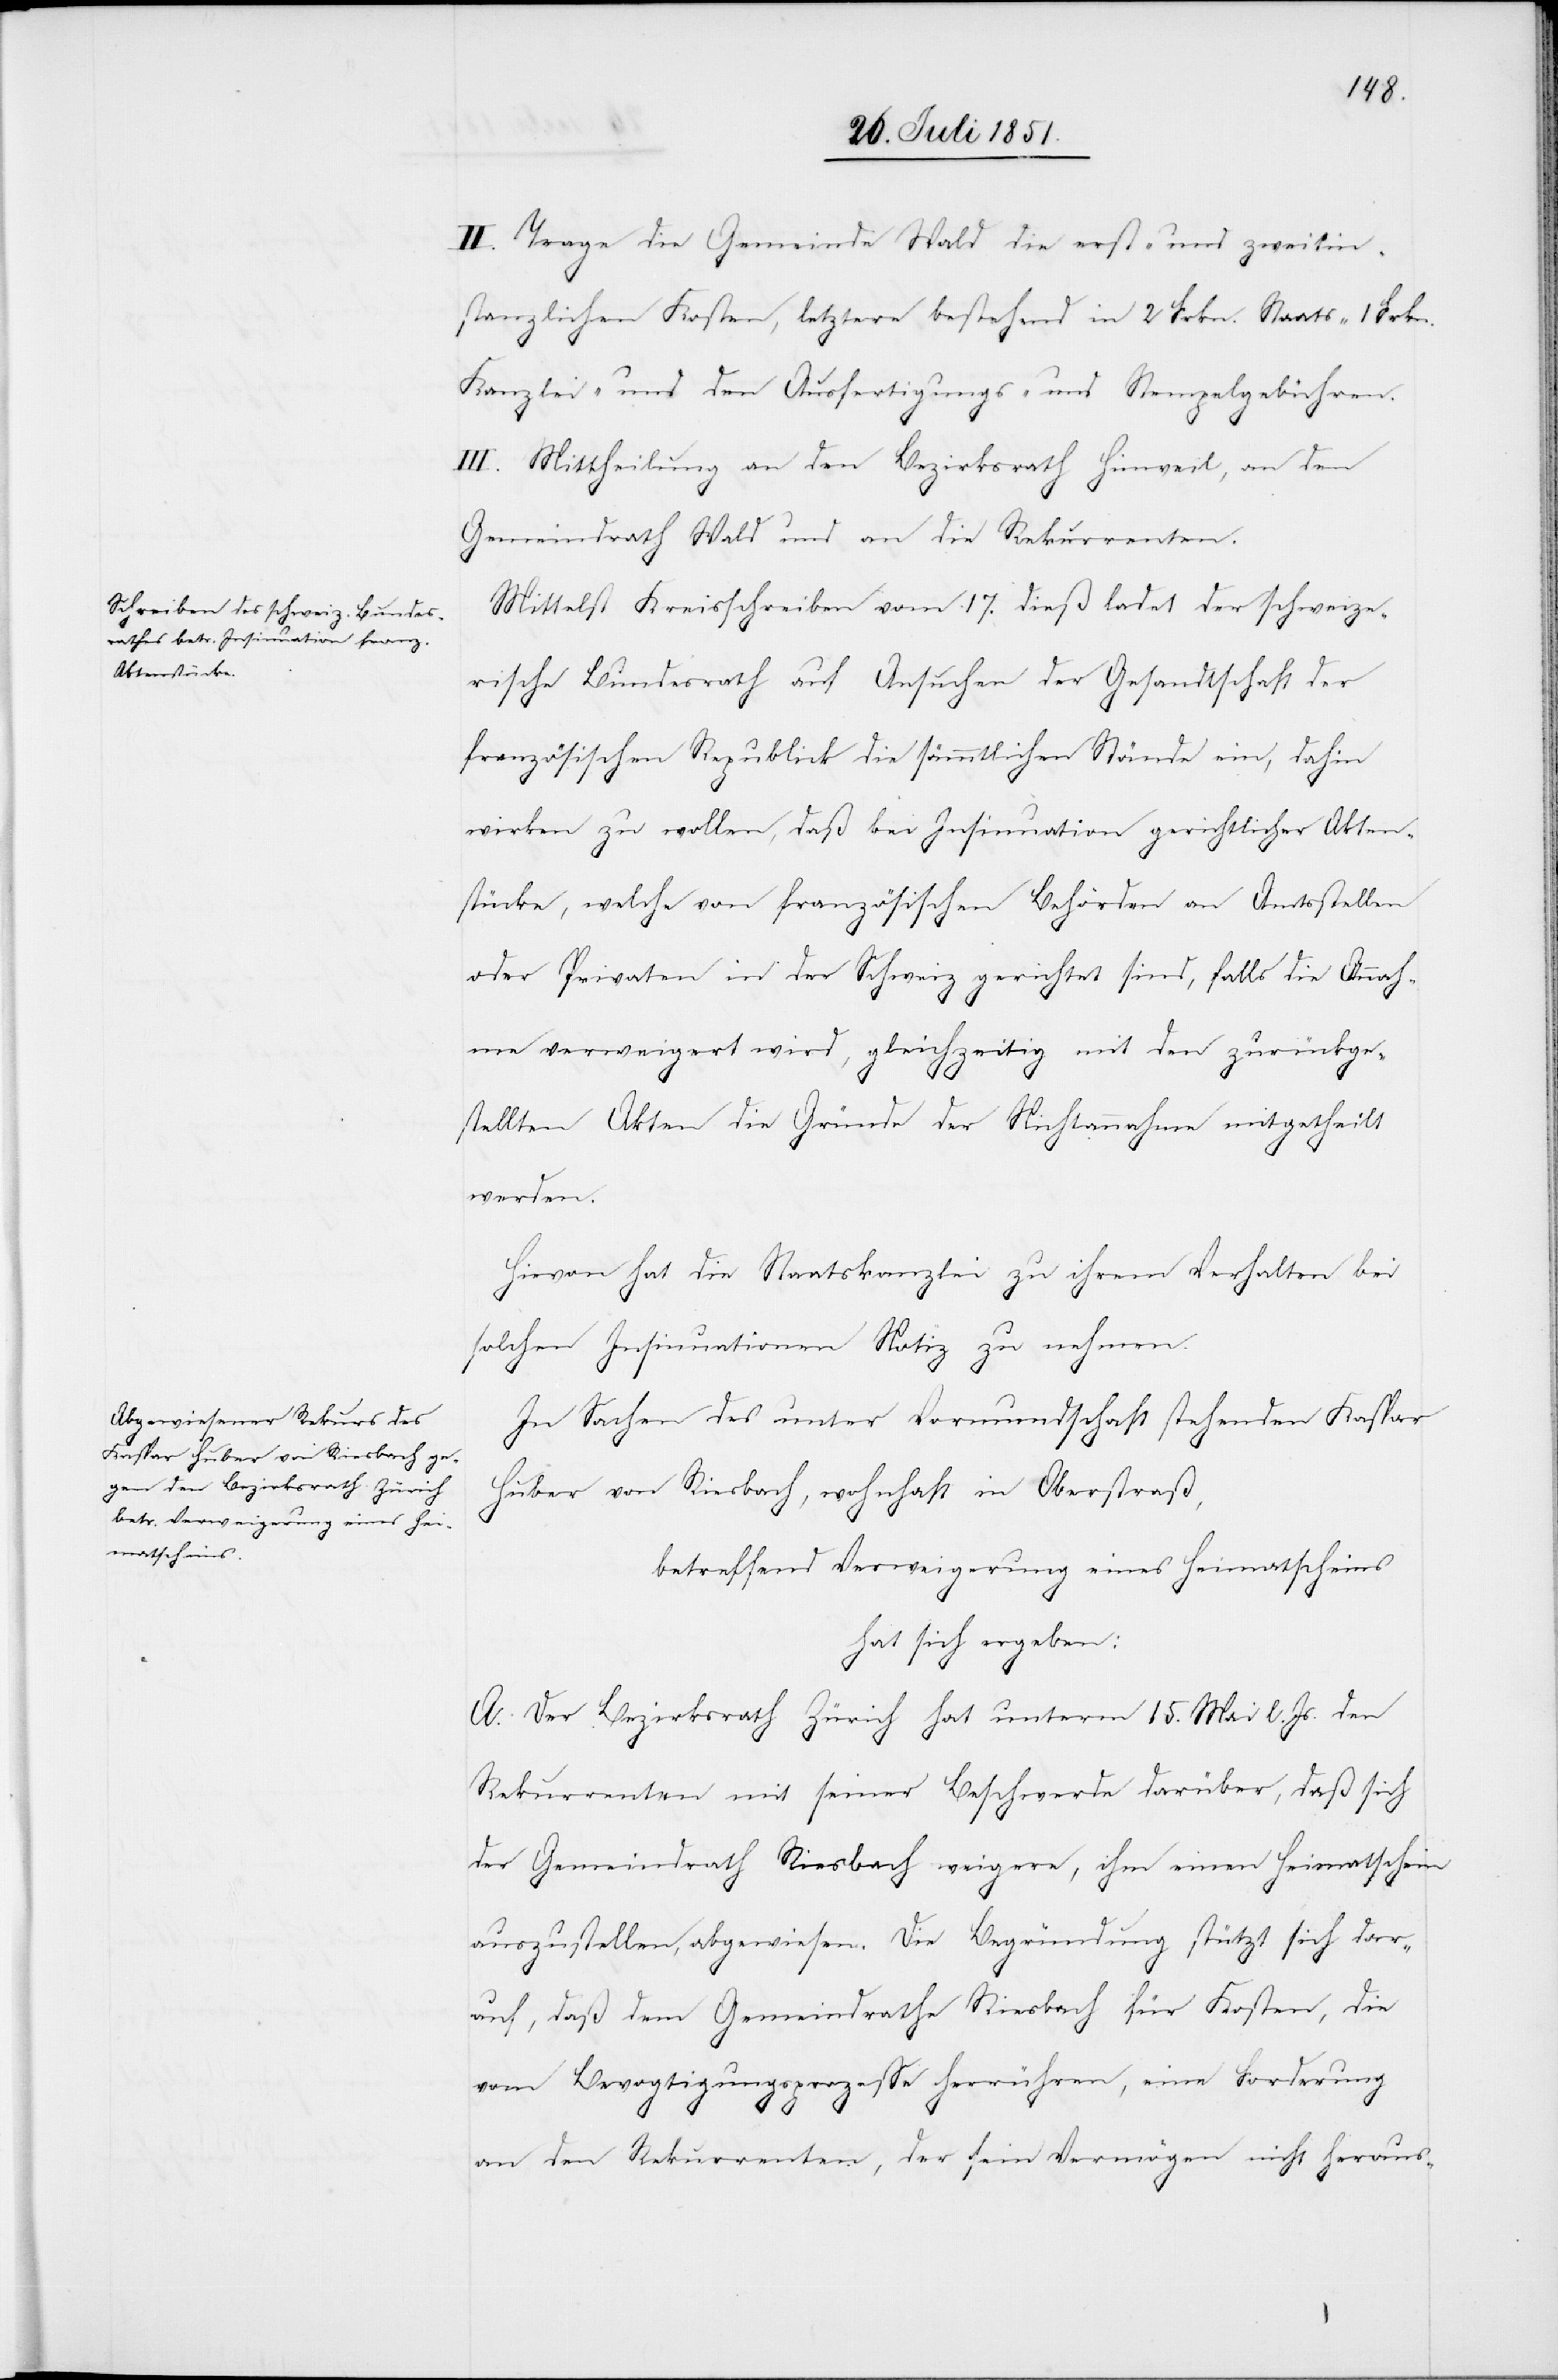
II. Trage die Gemeinde Wald die erst- und zweitin¬
stanzlichen Kosten, letztere bestehend in 2 Frkn. Staats-[,] 1 Frkn.
Kanzlei- und den Ausfertigungs- und Stempelgebühren.
III. Mittheilung an den Bezirksrath Hinweil, an den
Gemeindrath Wald und an die Rekurrenten.
Mittelst Kreisschreiben vom 17. dieß ladet der schweize¬
rische Bundesrath auf Ansuchen der Gesandtschaft der
französischen Republick die sämmtlichen Stände ein, dahin
wirken zu wollen, daß bei Insinuation gerichtlicher Akten¬
stücke, welche von französischen Behörden an Amtsstellen
oder Privaten in der Schweiz gerichtet sind, falls die Annah¬
me verweigert wird, gleichzeitig mit den zurückge¬
stellten Akten die Gründe der Nichtannahme mitgetheilt
werden.
Hievon hat die Staatskanzlei zu ihrem Verhalten bei
solchen Insinuationen Notiz zu nehmen.
In Sachen des unter Vormundschaft stehenden Kaspar
Huber von Riesbach, wohnhaft in Oberstraß,
betreffend Verweigerung eines Heimatscheins
hat sich ergeben:
A. Der Bezirksrath Zürich hat unterm 15. Mai l. Js. den
Rekurrenten mit seiner Beschwerde darüber, daß sich
der Gemeindrath Riesbach weigere, ihm einen Heimatschein
auszustellen, abgewiesen. Die Begründung stützt sich dar¬
auf, daß dem Gemeindrathe Riesbach für Kosten, die
vom Bevogtigungsprozesse herrühren, eine Forderung
an den Rekurrenten, der sein Vermögen nicht heraus-